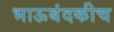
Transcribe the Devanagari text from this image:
भाऊबंदकीच